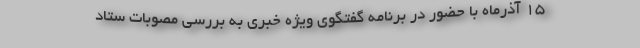
۱۵ آذرماه با حضور در برنامه گفتگوی ویژه خبری به بررسی مصوبات ستاد